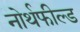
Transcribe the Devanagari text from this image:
नोर्थफील्ड